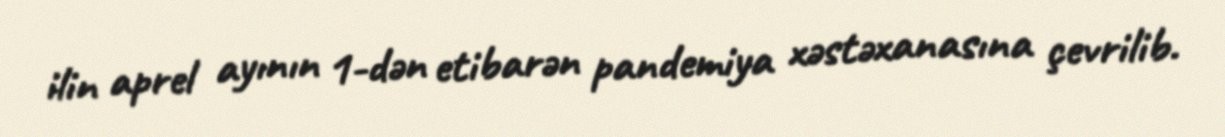
ilin aprel ayının 1-dən etibarən pandemiya xəstəxanasına çevrilib.